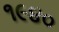
૧૯૪૦